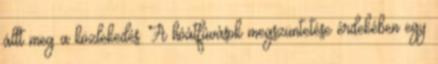
állt meg a közlekedés. A hóátfúvások megszüntetése érdekében egy